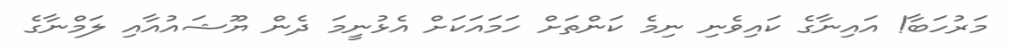
މަރުހަބާ! އައިނާގެ ކައިވެނި ނިމެ ކަންތަށް ހަމައަކަށް އެޅުނީމަ ދެން ޔޫޝައުއާއި ލަމްނާގެ